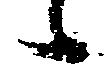
候